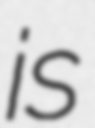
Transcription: is